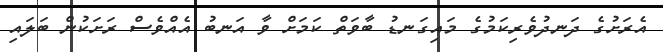
އެރަށުގެ ދަނދުވެރިކަމުގެ މައިގަނޑު ބާވަތް ކަމަށް ވާ އަނބު އެއްވެސް ރަށަކުން ބަލައި